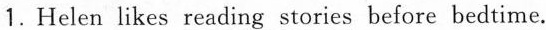
1.Helen likes \underline{ reading stories} before bedtime.